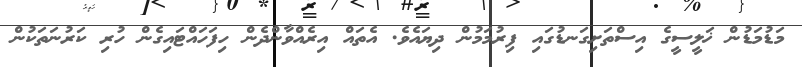
މަޑުމަޑުން ޚަލީސީގެ އިސްތަށިގަނޑުގައި ފިރުމަމުން ދިޔައެވެ. އެތައް އިރެއްވާންދެން ހިފަހައްޓައިގެން ހުރި ކަރުނަތަކުން